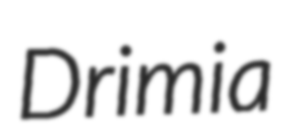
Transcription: Drimia